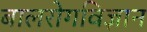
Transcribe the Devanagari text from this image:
बालरोगविज्ञान